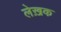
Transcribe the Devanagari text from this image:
लेख़क